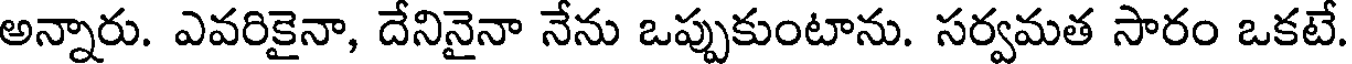
అన్నారు. ఎవరికైనా, దేనినైనా నేను ఒప్పుకుంటాను. సర్వమత సారం ఒకటే